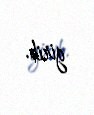
girib.